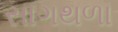
સાગથળા